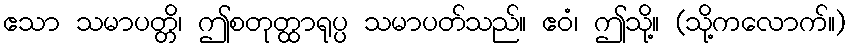
ဧသာ သမာပတ္တိ၊ ဤစတုတ္ထာရုပ္ပ သမာပတ်သည်။ ဧဝံ၊ ဤသို့။ (သို့ကလောက်။)